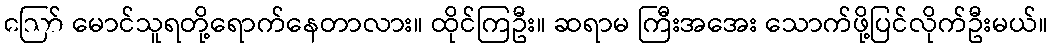
ဪ မောင်သူရတို့ရောက်နေတာလား။ ထိုင်ကြဦး။ ဆရာမ ကြီးအအေး သောက်ဖို့ပြင်လိုက်ဦးမယ်။